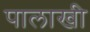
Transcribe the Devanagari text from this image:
पालाखी